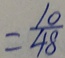
= \frac { 1 0 } { 4 8 }